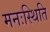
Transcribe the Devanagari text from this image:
मनःस्‍थिति